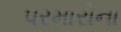
પરમારોના